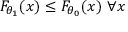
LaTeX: F _ { \theta _ { 1 } } ( x ) \leq F _ { \theta _ { 0 } } ( x ) \ \forall x